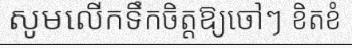
សូមលើកទឹកចិត្តឱ្យចៅៗ ខិតខំ